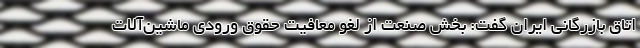
اتاق بازرگانی ایران گفت: بخش صنعت از لغو معافیت حقوق ورودی ماشین‌آلات